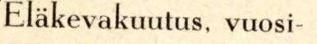
Eläkevakuutus, vuosi-